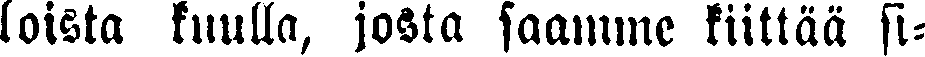
loista kuulla, josta saamme kiittää si-